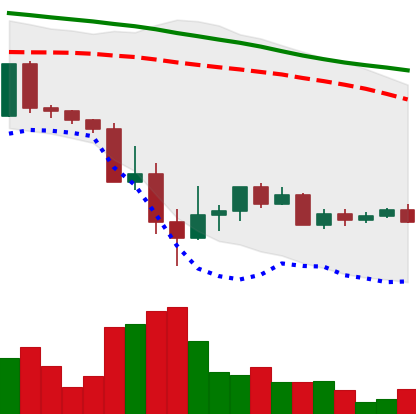
Ticker: ADA-USD
Chart end date: 2022-05-23
Forward return: -9.333%
Label: down_7plus